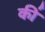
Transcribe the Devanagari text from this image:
की॑